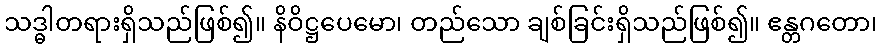
သဒ္ဓါတရားရှိသည်ဖြစ်၍။ နိဝိဋ္ဌပေမော၊ တည်သော ချစ်ခြင်းရှိသည်ဖြစ်၍။ ဧန္တဂတော၊